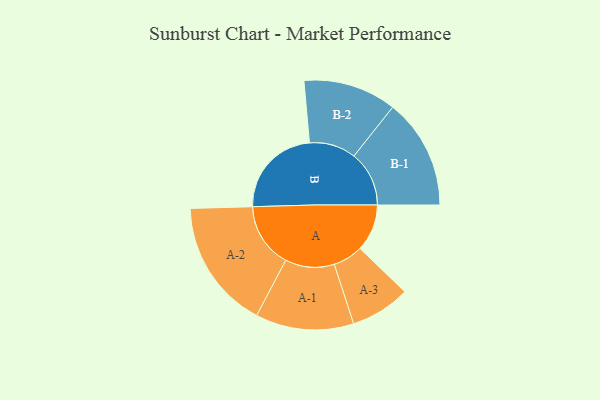
{"axis": {"x": "Segment", "y": "Value"}, "legend": ["", "A", "B"], "data": [{"x": "A", "y": 209, "type": ""}, {"x": "B", "y": 411, "type": ""}, {"x": "A-1", "y": 218, "type": "A"}, {"x": "A-2", "y": 288, "type": "A"}, {"x": "A-3", "y": 133, "type": "A"}, {"x": "B-1", "y": 245, "type": "B"}, {"x": "B-2", "y": 207, "type": "B"}]}